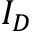
I _ { D }